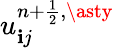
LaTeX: u_{\mathbf{i}j}^{{n+\frac{{1}}{{2}}},\asty}